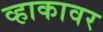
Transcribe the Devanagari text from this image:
व्हाकावर